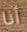
أنا